Annual vaccination report of Bihar and Orissa - 1911-1928
Year: 1911
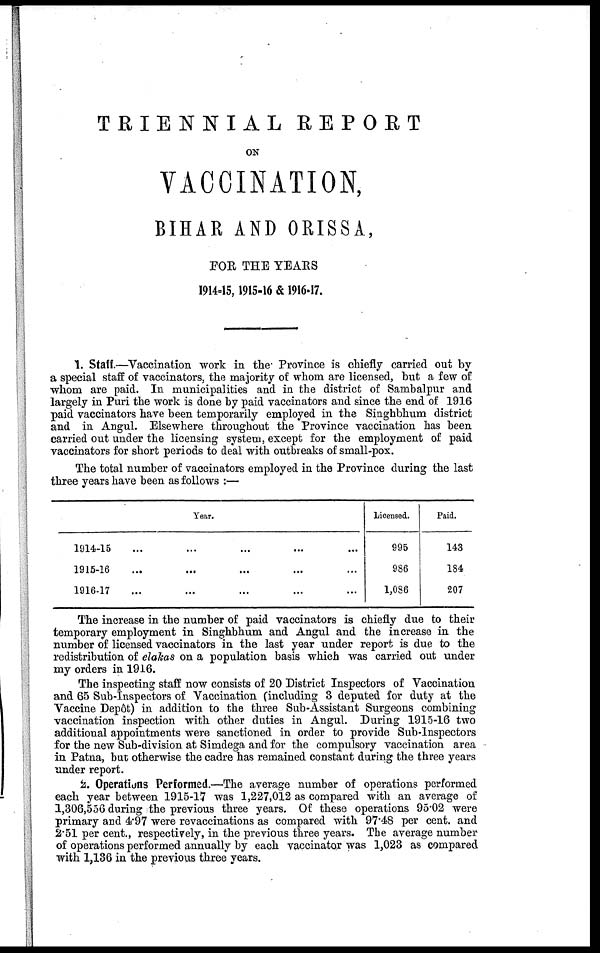
TRIENNIAL REPORT
ON
VACCINATION,
BIHAR AND ORISSA,
FOR THE YEARS
1914-45, 1915-16 & 1916-17.
1. Staff.—Vaccination work in the Province is chiefly carried out by
a special staff of vaccinators, the majority of whom are licensed, but a few of
whom are paid. In municipalities and in the district of Sambalpur and
largely in Puri the work is done by paid vaccinators and since the end of 1916
paid vaccinators have been temporarily employed in the Singhbhum district
and in Angul. Elsewhere throughout the Province vaccination has been
carried out under the licensing system, except for the employment of paid
vaccinators for short periods to deal with outbreaks of small-pox.
The total number of vaccinators employed in the Province during the last
three years have been as follows :—
Year.
1914-15 ... ... ... ... ...
1915-16
...
...
...
...
...
1916-17 ... ... ... ... ...
Licensed.
995
986
1,086
Paid.
143
184
207
The increase in the number of paid vaccinators is chiefly due to their
temporary employment in Singhbhum and Angul and the increase in the
number of licensed vaccinators in the last year under report is due to the
redistribution of elakas on a population basis which was carried out under
my orders in 1916.
The inspecting staff now consists of 20 District Inspectors of Vaccination
and 65 Sub-Inspectors of Vaccination (including 3 deputed for duty at the
Vaccine Depôt) in addition to the three Sub-Assistant Surgeons combining
vaccination inspection with other duties in Angul. During 1915-16 two
additional appointments were sanctioned in order to provide Sub-Inspectors
for the new Sub-division at Simdega and for the compulsory vaccination area
in Patna, but otherwise the cadre has remained constant during the three years
under report.
2. Operations Performed.—The average number of operations performed
each year between 1915-17 was 1,227,012 as compared with an average of
1,306,556 during the previous three years. Of these operations 95.02 were
primary and 4.97 were revaccinations as compared with 97.48 per cent. and
2.51 per cent., respectively, in the previous three years. The average number
of operations performed annually by each vaccinator was 1,023 as compared
with 1,136 in the previous three years.